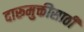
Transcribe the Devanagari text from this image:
दारूमुक्तीसाठी